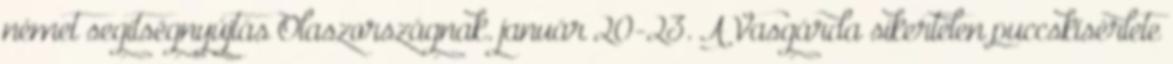
német segítségnyújtás Olaszországnak. január 20-23. A Vasgárda sikertelen puccskísérlete